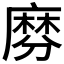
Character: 𪎕